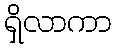
ရှိလာကာ